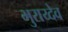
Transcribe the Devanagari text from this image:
भुराय्देव